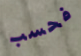
فحسب